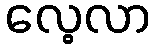
လေ့လာ